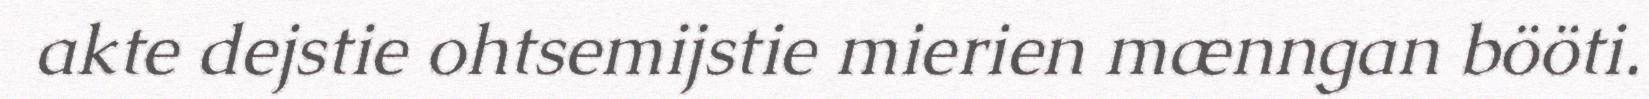
akte dejstie ohtsemijstie mierien mænngan bööti.